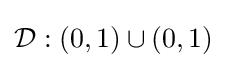
{\mathcal {D}}:(0,1)\cup (0,1)